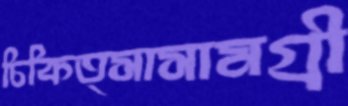
চিকিত্সাসামগ্রী